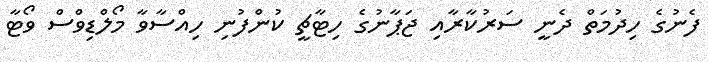
ފެނުގެ ހިދުމަތް ދެނީ ސަރުކާރާއި ޖަޕާނުގެ ހިޓާޗީ ކުންފުނި ހިއްސާވާ މޯލްޑިވްސް ވޯޓާ